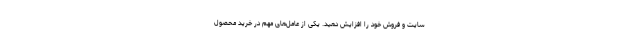
سایت و فروش خود را افزایش دهید. یکی از عامل‌های مهم در خرید محصول